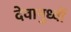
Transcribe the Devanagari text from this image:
देवानुर्ध्वो